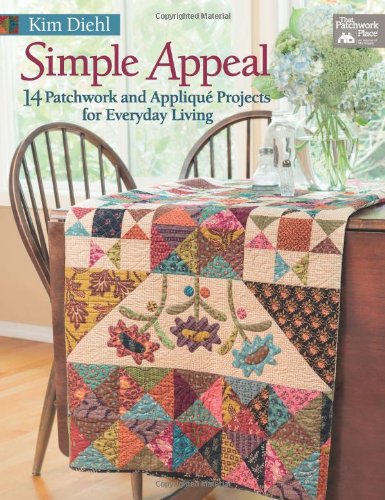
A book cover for Simple Appeal: 14 Patchwork and AppliquÃ© Projects for Everyday Living; Kim Diehl; Crafts, Hobbies & Home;